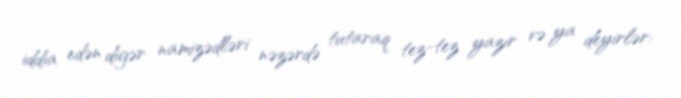
iddia edən digər namizədləri nəzərdə tutaraq tez-tez yazır və ya deyirlər: